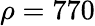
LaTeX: \rho=770